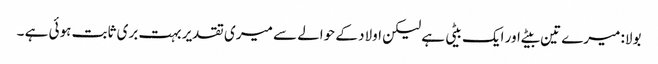
بولا: میرے تین بیٹے اور ایک بیٹی ہے لیکن اولاد کے حوالے سے میری تقدیر بہت بری ثابت ہوئی ہے ۔